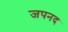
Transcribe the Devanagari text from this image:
जपनद